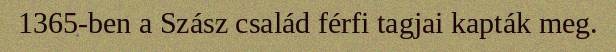
1365-ben a Szász család férfi tagjai kapták meg.